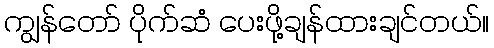
ကျွန်တော် ပိုက်ဆံ ပေးဖို့ချန်ထားချင်တယ်။